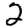
Digit: 2